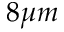
8 \mu m